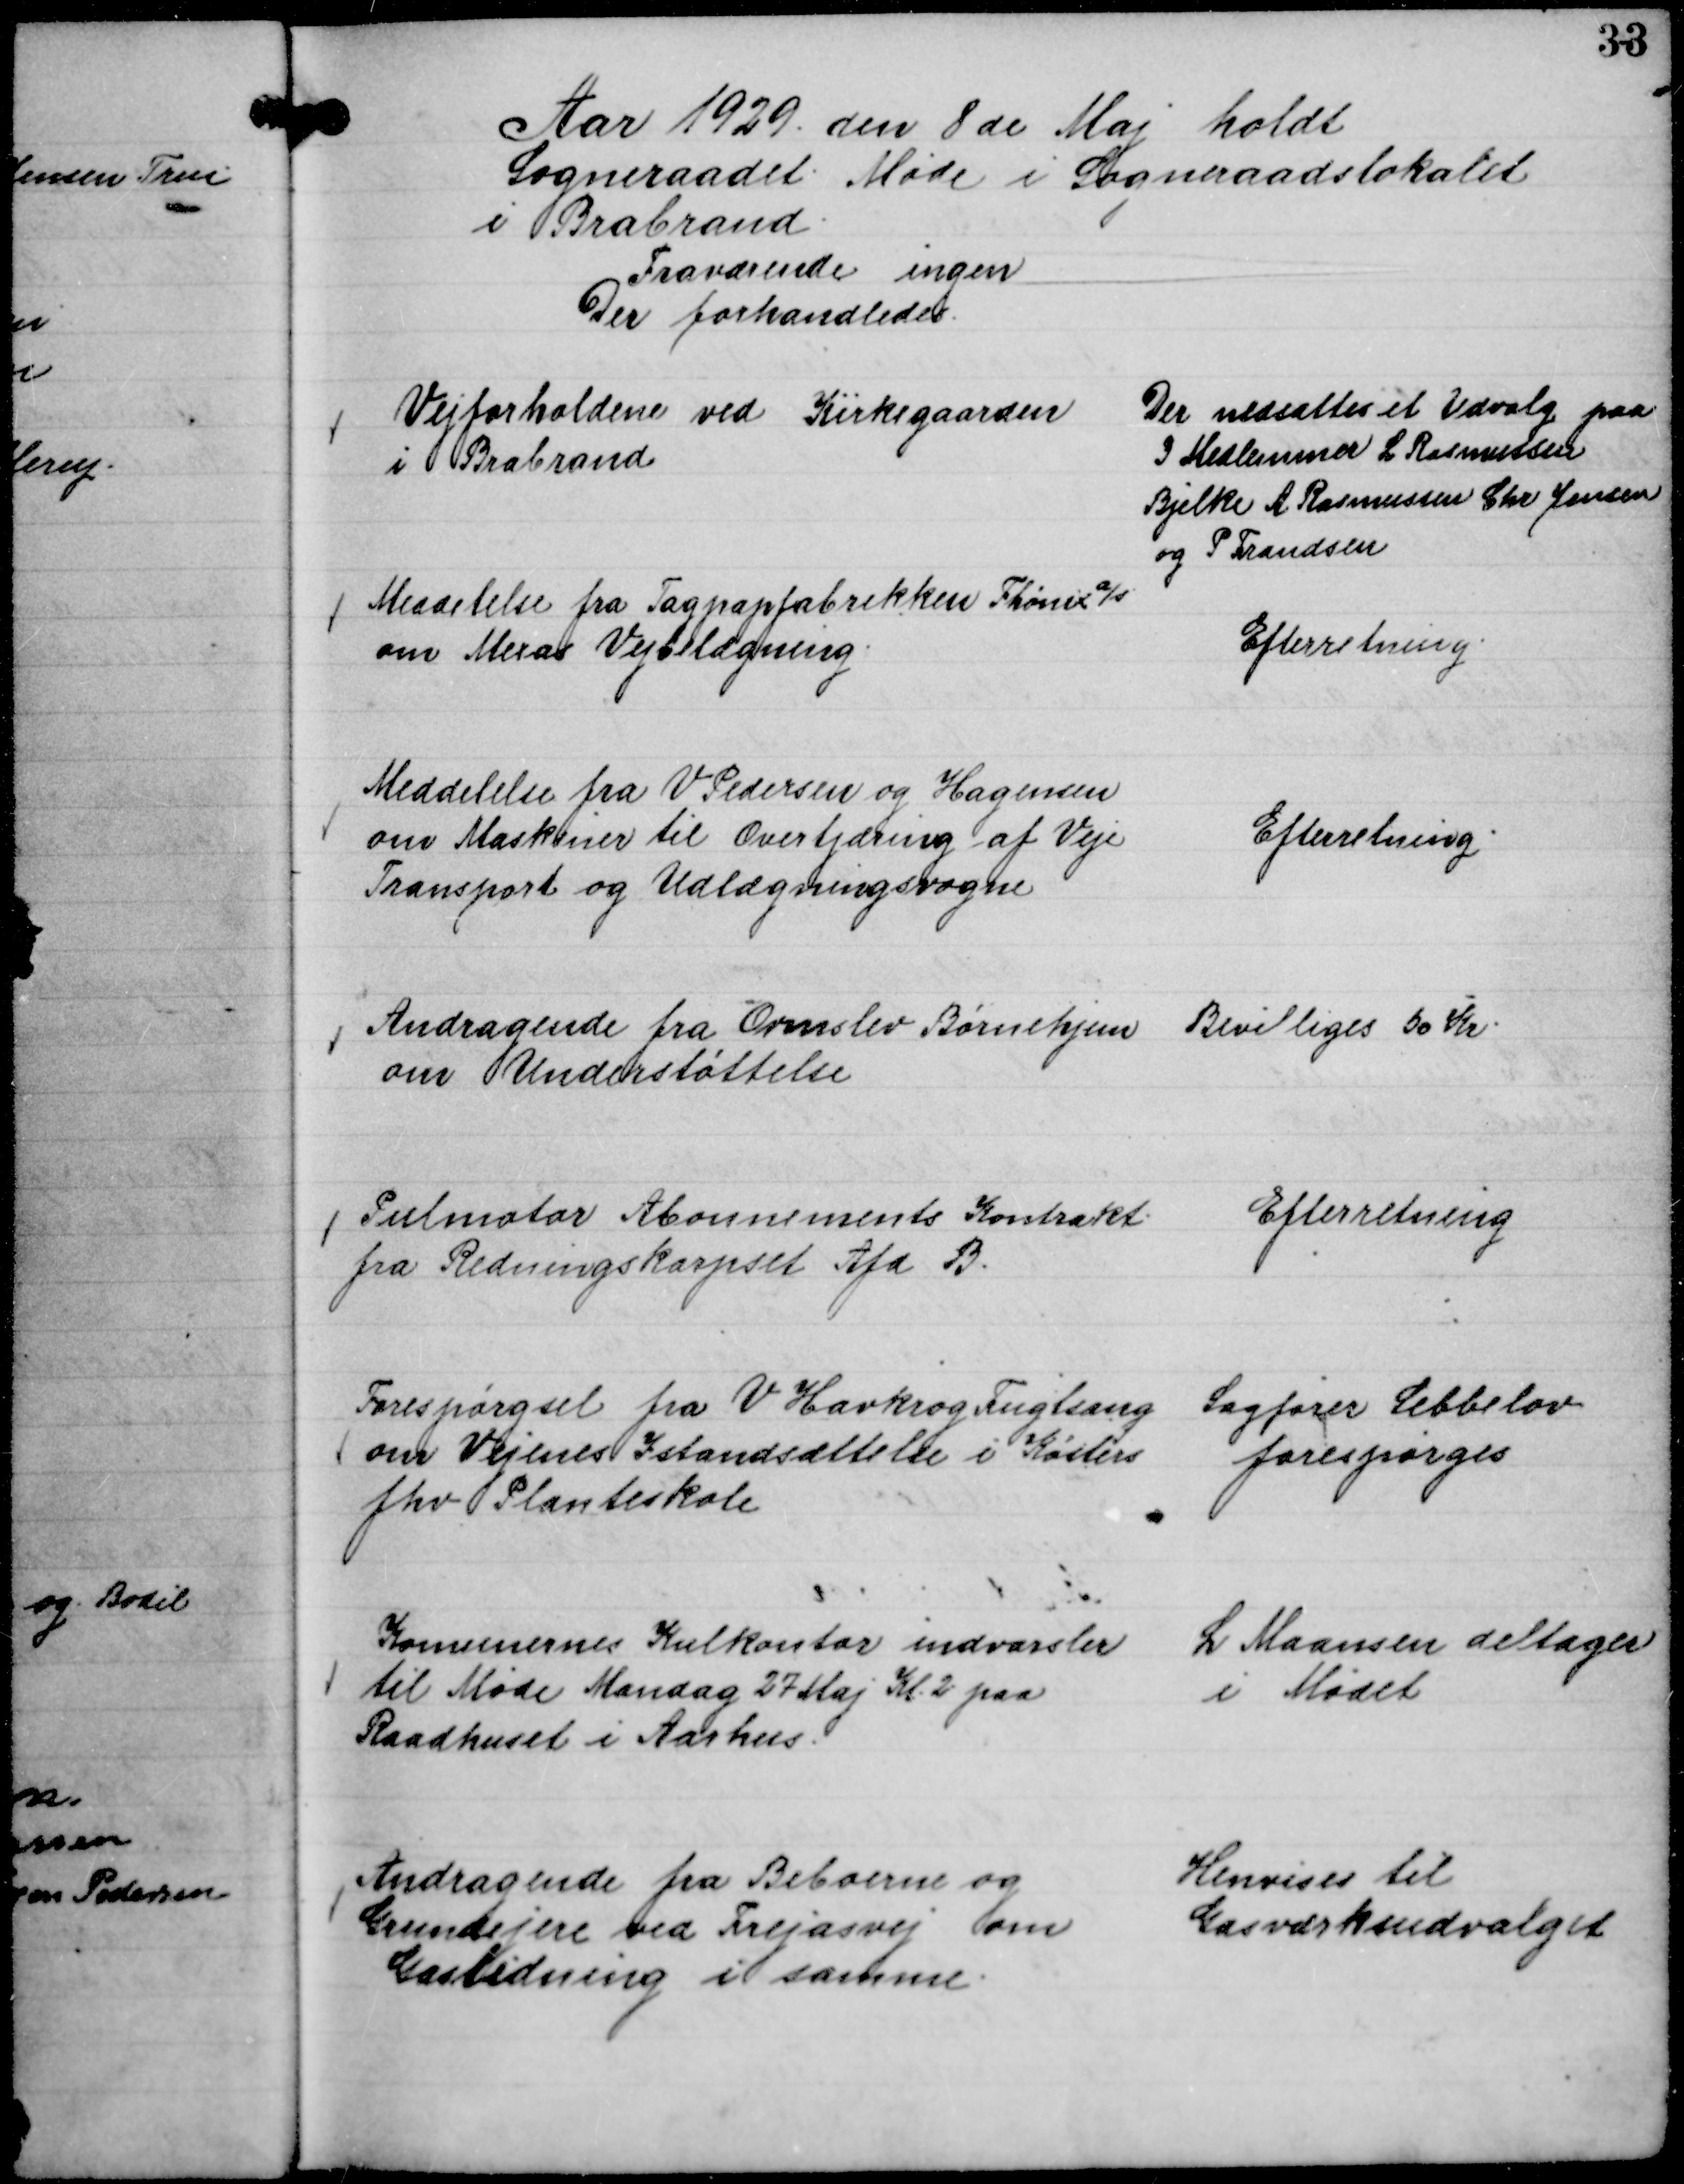
Transskription:
Aar 1929 den 8 de Maj holdt
Sogneraadet Møde i Sogneraadslokalet
i Brabrand.
Fraværende inden
Der forhandledes.

Vejforholdene ved Kirkegaarden
i Brabrand

Der nedsattes et Udvalg paa
3 Medlemmer L Rasmussen
Bjelke A Rasmussen Chr Jensen
og P Frandsen

Meddelelse fra Tagpapfabrikken Phønix a/s
om Mexas Vejbelægning.

Efterretning.

Meddelelse fra V Pedersen og Hagensen
om Maskiner til Overtjæring af Veje
Transport og Udlægningsvogne

Efterretning.

Andragende fra Ormslev Børnehjem
om Understøttelse

Bevilliges 50 Kr.

Pulmotor Abonnements Kontrakt
fra Redningskorpset Afd B.

Efterretning

Forespørgsel fra V Havkrog Fuglsang
om Vejenes Istandsættelse i Køsters
fhv Planteskole

Sagfører Sebbelov
forespørges

Komunernes Kulkontor indvarsler
til Møde Mandag 27 Maj Kl. 2 paa
Raadhuset i Aarhus.

L Maansen deltager
i Mødet

Andragende fra Beboerne og
Grundejere ved Frejasvej om
Gasledning i samme.

Henvises til
Gasværksudvalget